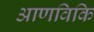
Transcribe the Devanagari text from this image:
आणविकि